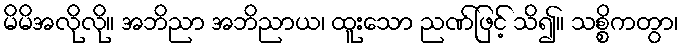
မိမိအလိုလို။ အဘိညာ အဘိညာယ၊ ထူးသော ညဏ်ဖြင့် သိ၍။ သစ္စိကတွာ၊